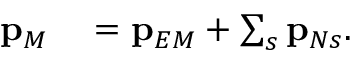
\begin{array} { r l } { \mathbf { p } _ { M } } & { { } = \mathbf { p } _ { E M } + \sum _ { s } \mathbf { p } _ { N s } . } \end{array}